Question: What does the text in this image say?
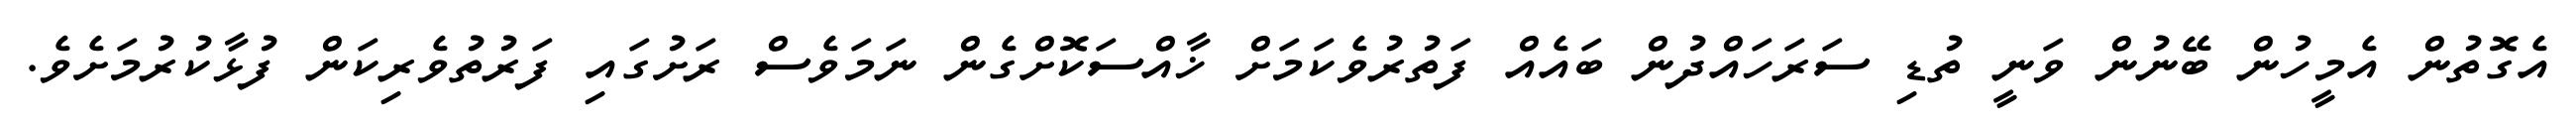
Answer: އެގޮތުން އެމީހުން ބޭނުން ވަނީ ތުޑި ސަރަހައްދުން ބައެއް ފަތުރުވެކަމަށް ޚާއްސަކޮށްގެން ނަމަވެސް ރަށުގައި ފަރުތުވެރިކަން ފުޅާކުރުމަށެވެ.